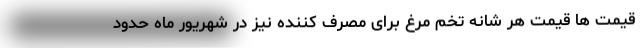
قیمت ها قیمت هر شانه تخم مرغ برای مصرف کننده نیز در شهریور ماه حدود